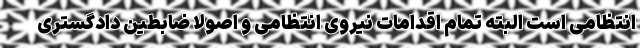
انتظامی است البته تمام اقدامات نیروی انتظامی و اصولا ضابطین دادگستری